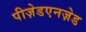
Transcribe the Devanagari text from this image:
पीज़ेडएनज़ेड